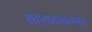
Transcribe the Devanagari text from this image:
सहकारनगरात